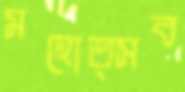
মহোত্সব